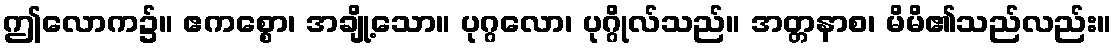
ဤလောက၌။ ဧကစ္စော၊ အချို့သော။ ပုဂ္ဂလော၊ ပုဂ္ဂိုလ်သည်။ အတ္တနာစ၊ မိမိ၏သည်လည်း။